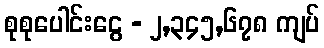
စုစုပေါင်းငွေ - ၂,၃၄၅,၆၇၈ ကျပ်